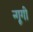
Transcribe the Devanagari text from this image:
न्गूगी